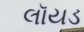
લૉયડ